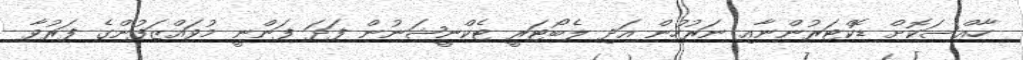
ހާއްސަކޮށް ޑޮކްޓަރުންނާއި ނަރުހުން އަދި ލެބޯޓަރީ ޓެކްނީޝަނުން ފަދަ ފަންނީ މުވައްޒަފުންގެ ފަރުވާ